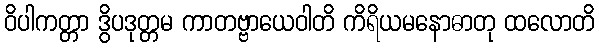
ဝိပါကတ္တာ ဒွိပဒုတ္တမ ကာတဗ္ဗာယေဝါတိ ကိရိယမနောဓာတု ထလောတိ